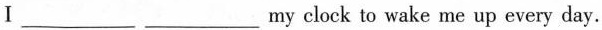
Ⅰ___my clock to wake me up every day.